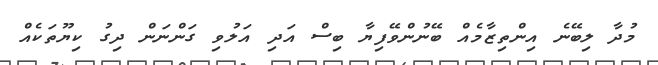
މުދާ ލިބޭނެ އިންތިޒާމެއް ބޭނުންވޭފިޔާ ބިސް އަދި އަލުވި ގަންނަން ދިގު ކިޔޫތަކެއް